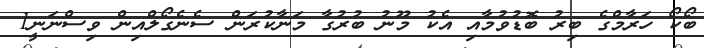
ބޯކޯ ހަރާމްގެ ބިރު ބޮޑުވުމާއި އެކު މޫނު ބުރުގާ މަނާކުރަން ސެނެގޯލްއިން ވިސްނަނީ1